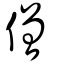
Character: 僧